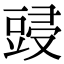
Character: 䜷